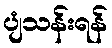
ပျံသန်းရန်